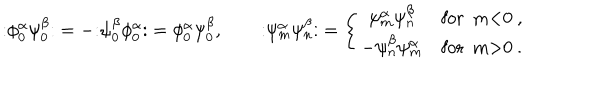
\mathopen : \phi _ { 0 } ^ { \alpha } \psi _ { 0 } ^ { \beta } \mathclose : = - \mathopen : \psi _ { 0 } ^ { \beta } \phi _ { 0 } ^ { \alpha } \mathclose : = \phi _ { 0 } ^ { \alpha } \psi _ { 0 } ^ { \beta } , \qquad \mathopen : \psi _ { m } ^ { \alpha } \psi _ { n } ^ { \beta } \mathclose : = \left\{ \begin{array} { c l } { { \psi _ { m } ^ { \alpha } \psi _ { n } ^ { \beta } } } & { { \mathrm { f o r ~ m < 0 ~ } , } } \\ { { - \psi _ { n } ^ { \beta } \psi _ { m } ^ { \alpha } } } & { { \mathrm { f o r ~ m > 0 ~ } . } } \\ \end{array} \right.